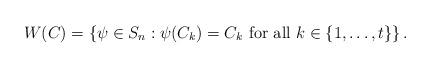
LaTeX: \begin{align*}W(C)=\left\{\psi\in S_n : \psi(C_k)=C_k \hbox{ for all } k\in\{1,\dots,t\} \right\}.\end{align*}